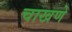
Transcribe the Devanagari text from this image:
चाखणे